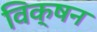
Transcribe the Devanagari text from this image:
विक्षन